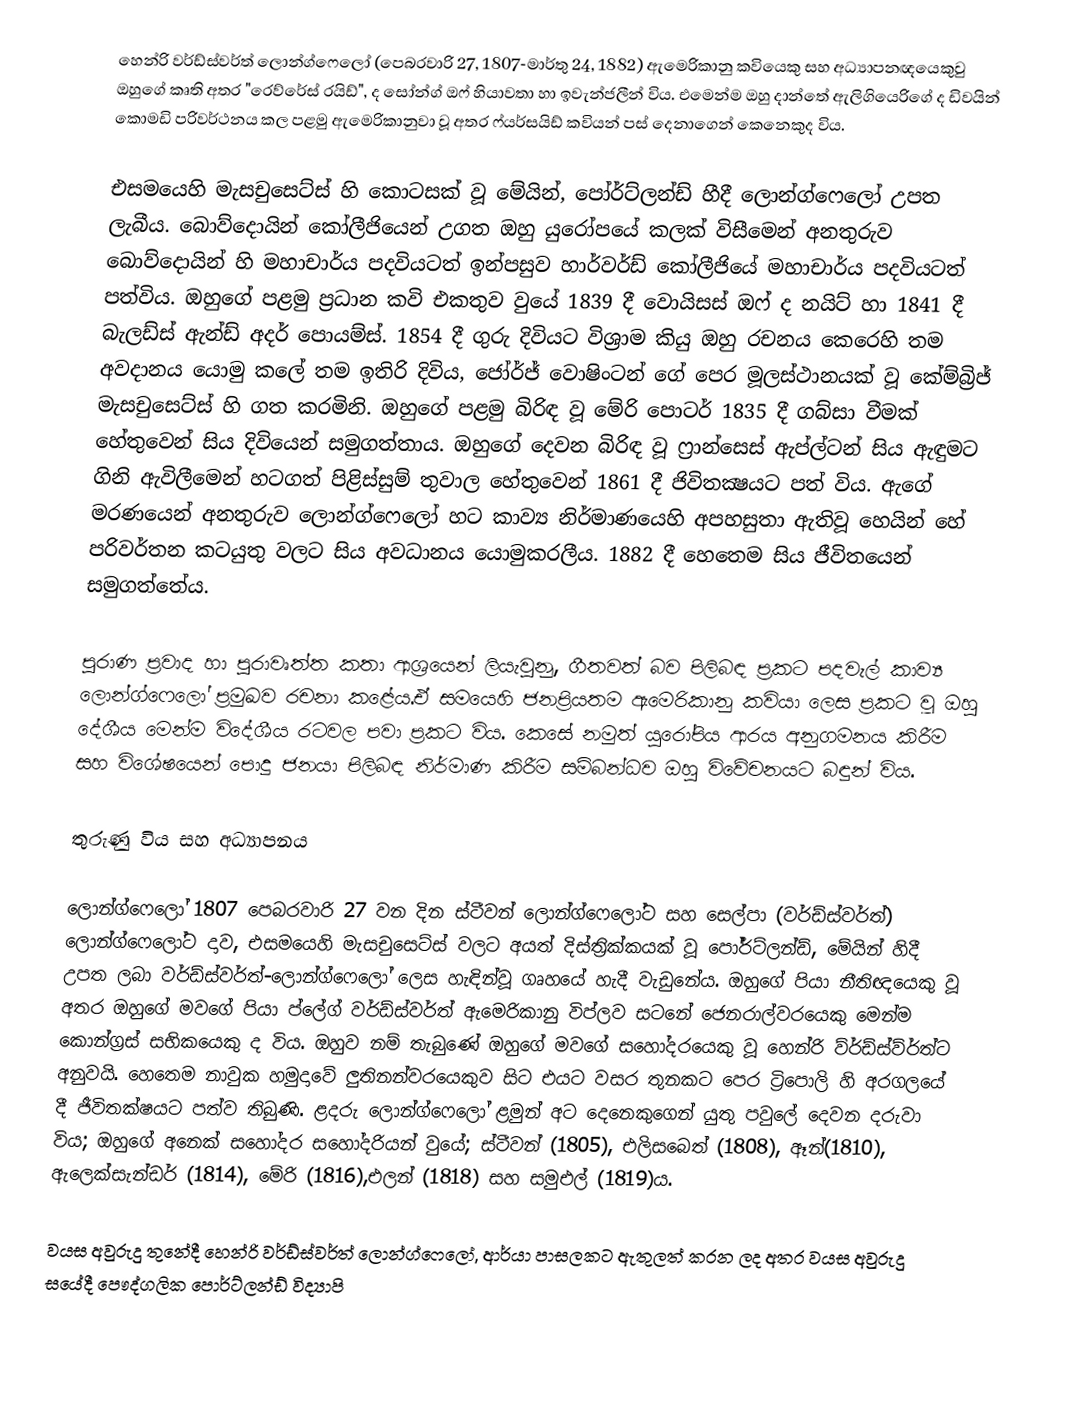
හෙන්රි වර්ඩ්ස්වර්ත් ලොන්ග්ෆෙලෝ (පෙබරවාරි 27, 1807-මාර්තු 24, 1882) ඇමෙරිකානු කවියෙකු සහ අධ්‍යාපනඥයෙකුවු ඔහුගේ කෘති අතර "රෙව්රේස් රයිඩ්", ද සෝන්ග් ඔෆ් හියාවතා හා ඉවැන්ජලීන් විය. එමෙන්ම ඔහු දාන්තේ ඇලිගියෙරිගේ ද ඩිවයින් කොමඩි පරිවර්ථනය කල පළමු ඇමෙරිකානුවා වූ අතර ෆ්යර්සයිඩ් කවියන් පස් දෙනාගෙන් කෙනෙකුද විය.

එසමයෙහි මැසචුසෙට්ස් හි කොටසක් වූ මේයින්, පෝර්ට්ලන්ඩ් හීදී ලොන්ග්ෆෙලෝ උපත ලැබීය. බොව්දොයින් කෝලීජියෙන් උගත ඔහු යුරෝපයේ කලක් විසීමෙන් අනතුරුව බොව්දොයින් හි මහාචාර්ය පදවියටත් ඉන්පසුව හාර්වර්ඩ් කෝලීජියේ මහාචාර්ය පදවියටත් පත්විය. ඔහුගේ පළමු ප්‍රධාන කවි එකතුව වුයේ 1839 දී වොයිසස් ඔෆ් ද නයිට් හා 1841 දී බැලඩ්ස් ඇන්ඩ් අදර් පොයම්ස්. 1854 දී ගුරු දිවියට විශ්‍රාම කියු ඔහු රචනය කෙරෙහි තම අවදානය යොමු කලේ තම ඉතිරි දිවිය, ජෝර්ජ් වොෂිංටන් ගේ පෙර මූලස්ථානයක් වූ කේම්බ්‍රිජ් මැසචුසෙට්ස් හි ගත කරමිනි. ඔහුගේ පළමු බිරිඳ  වූ මේරි පොටර් 1835 දී ගබ්සා වීමක් හේතුවෙන් සිය දිවියෙන් සමුගත්තාය. ඔහුගේ දෙවන බිරිඳ  වූ ෆ්‍රාන්සෙස් ඇප්ල්ටන් සිය ඇඳුමට ගිනි ඇවිලීමෙන් හටගත් පිළිස්සුම් තුවාල හේතුවෙන් 1861 දී ජිවිතක්‍ෂයට පත් විය. ඇගේ මරණයෙන් අනතුරුව ලොන්ග්ෆෙලෝ හට කාව්‍ය නිර්මාණයෙහි අපහසුතා ඇතිවූ හෙයින් හේ පරිවර්තන කටයුතු වලට සිය අවධානය යොමුකරලීය. 1882 දී හෙතෙම සිය ජීවිතයෙන් සමුගත්තේය.

පුරාණ ප්‍රවාද හා පුරාවෘත්ත කතා ආශ්‍රයෙන් ලියැවුනු, ගීතවත් බව පිලිබඳ ප්‍රකට පදවැල් කාව්‍ය ලොන්ග්ෆෙලෝ ප්‍රමුඛව රචනා කළේය.ඒ සමයෙහි ජනප්‍රියතම ඇමෙරිකානු කවියා ලෙස ප්‍රකට වූ ඔහු දේශීය මෙන්ම විදේශීය රටවල පවා ප්‍රකට විය. කෙසේ නමුත් යුරෝපිය ආරය අනුගමනය කිරීම සහ විශේෂයෙන් පොදු ජනයා පිලිබඳ නිර්මාණ කිරීම සම්බන්ධව ඔහු විවේචනයට බඳුන් විය.

තුරුණු විය සහ අධ්‍යාපනය

ලොන්ග්ෆෙලෝ 1807 පෙබරවාරි 27 වන දින ස්ටීවන් ලොන්ග්ෆෙලෝට සහ සෙල්පා (වර්ඩ්ස්වර්ත්) ලොන්ග්ෆෙලෝට දාව, එසමයෙහි මැසචුසෙට්ස්  වලට අයත් දිස්ත්‍රික්කයක් වූ පෝර්ට්ලන්ඩ්, මේයින් හිදී උපත ලබා වර්ඩ්ස්වර්ත්-ලොන්ග්ෆෙලෝ ලෙස හැඳින්වූ ගෘහයේ හැදී වැඩුනේය. ඔහුගේ පියා නීතිඥයෙකු වූ අතර ඔහුගේ මවගේ පියා ප්ලේග් වර්ඩ්ස්වර්ත් ඇමෙරිකානු විප්ලව සටනේ ජෙනරාල්වරයෙකු මෙන්ම කොන්ග්‍රස් සභිකයෙකු  ද විය. ඔහුව නම් තැබුණේ ඔහුගේ මවගේ සහෝදරයෙකු වූ හෙන්රි ව්ර්ඩ්ස්ව්ර්ත්ට අනුවයි. හෙතෙම නාවුක හමුදාවේ ලුතිනන්වරයෙකුව සිට එයට වසර තුනකට පෙර ට්‍රිපොලි හි අරගලයේ දී ජීවිතක්ෂයට පත්ව තිබුණි. ළදරු ලොන්ග්ෆෙලෝ ළමුන් අට දෙනෙකුගෙන් යුතු පවුලේ දෙවන දරුවා විය; ඔහුගේ අනෙක් සහෝදර සහෝදරියන් වුයේ; ස්ටීවන් (1805), එලිසබෙත් (1808), ඈන්(1810), ඇලෙක්සැන්ඩර් (1814), මේරි (1816),එලන් (1818) සහ සමුඑල් (1819)ය.

වයස අවුරුදු තුනේදී හෙන්රි වර්ඩ්ස්වර්ත් ලොන්ග්ෆෙලෝ, ආර්යා පාසලකට ඇතුලත් කරන ලද අතර වයස අවුරුදු සයේදී පෞද්ගලික පොර්ට්ලන්ඩ් විද්‍යාපි